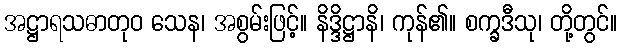
အဋ္ဌာရသဓာတုဝ သေန၊ အစွမ်းဖြင့်။ နိဒ္ဒိဋ္ဌာနိ၊ ကုန်၏။ စက္ခဒီသု၊ တို့တွင်။